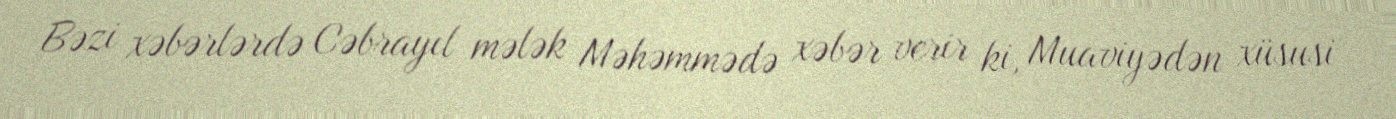
Bəzi xəbərlərdə Cəbrayıl mələk Məhəmmədə xəbər verir ki, Muaviyədən xüsusi